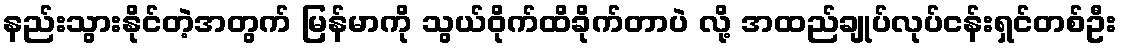
နည်းသွားနိုင်တဲ့အတွက် မြန်မာကို သွယ်ဝိုက်ထိခိုက်တာပဲ လို့ အထည်ချုပ်လုပ်ငန်းရှင်တစ်ဦး